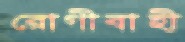
রোগীবাহী